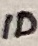
Text: ID